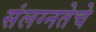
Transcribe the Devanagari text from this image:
संलग्नतेचे